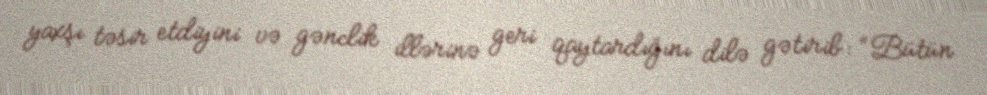
yaxşı təsir etdiyini və gənclik illərinə geri qaytardığını dilə gətirib: “Bütün